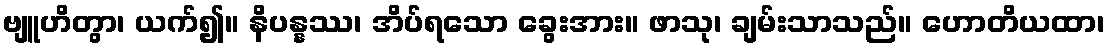
ဗျူဟိတွာ၊ ယက်၍။ နိပန္နဿ၊ အိပ်ရသော ခွေးအား။ ဖာသု၊ ချမ်းသာသည်။ ဟောတိယထာ၊